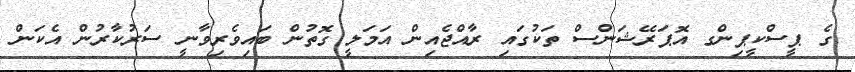
ގެ ޕީސްކީޕިންގ އޮޕަރޭޝަންސް ތަކުގައި ރާއްޖެއިން އަމަލީ ގޮތުން ބައިވެރިވާނީ ސަރުކާރުން އެކަން